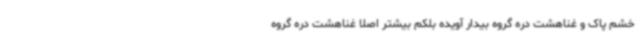
خشم پاک و غناهشت دره گروه بیدار آویده بلکم بیشتر اصلا غناهشت دره گروه